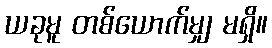
ယခုမူ တစ်ယောက်မျှ မရှိ။